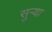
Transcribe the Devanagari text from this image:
सुर्‍या